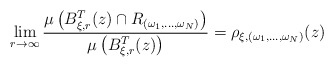
\begin{align*}\lim _{r \rightarrow \infty} \frac{\mu \left( B ^T _{\xi, r} (z) \cap R _{(\omega _1 , \ldots , \omega _N )} \right)}{\mu \left( B ^T _{\xi, r} (z) \right)} = \rho _{\xi, (\omega _1 , \ldots , \omega _N )} ( z ) \end{align*}